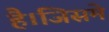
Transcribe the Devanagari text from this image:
है।जिसमे